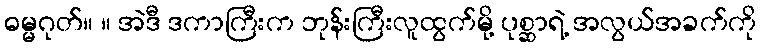
ဓမ္မဂုတ်။ ။ အဲဒီ ဒကာကြီးက ဘုန်းကြီးလူထွက်မို့ ပုစ္ဆာရဲ့ အလွယ်အခက်ကို